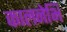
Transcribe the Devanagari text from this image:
कालनेभि